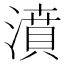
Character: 濆